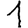
Digit: 1